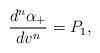
LaTeX: \begin{align*} \frac{d^n\alpha_+}{dv^n}=P_1,\end{align*}